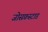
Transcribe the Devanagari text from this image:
जोसफ़स्टाड